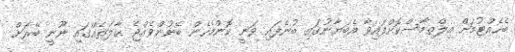
ބެހެއްޓުމަށް އިލްތިމާސްކޮށްފައިވާ އެބަޔާނުގައި ބުނެފައި ވަނީ ކޮންމެހެން ބޭނުންވެއްޖެ ޙާލަތެއްގައި ނޫނީ ބޭރަށް